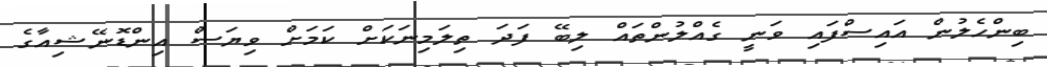
ބިންހެލުން އައިސްފައި ވަނީ ގެއްލުންތައް ލިބޭ ފަދަ ތިލަމިނަކަށް ކަމަށް ވިޔަސް އިންޑޮނޭޝިއާގެ